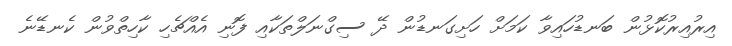
އިރުއިރުކޮޅުން ބަނޑުހައިވާ ކަމަށް ހަށިގަނޑުން ދޭ ސިގްނަލްތަކާއި ފޮނި އެއްޗެހި ކާހިތްވުން ކެނޑޭނެ